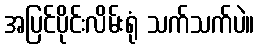
အပြင်ပိုင်းလိမ်းရုံ သက်သက်ပဲ။